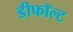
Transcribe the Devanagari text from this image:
डीफॉल्ट